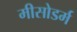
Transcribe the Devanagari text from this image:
मीसोडर्म